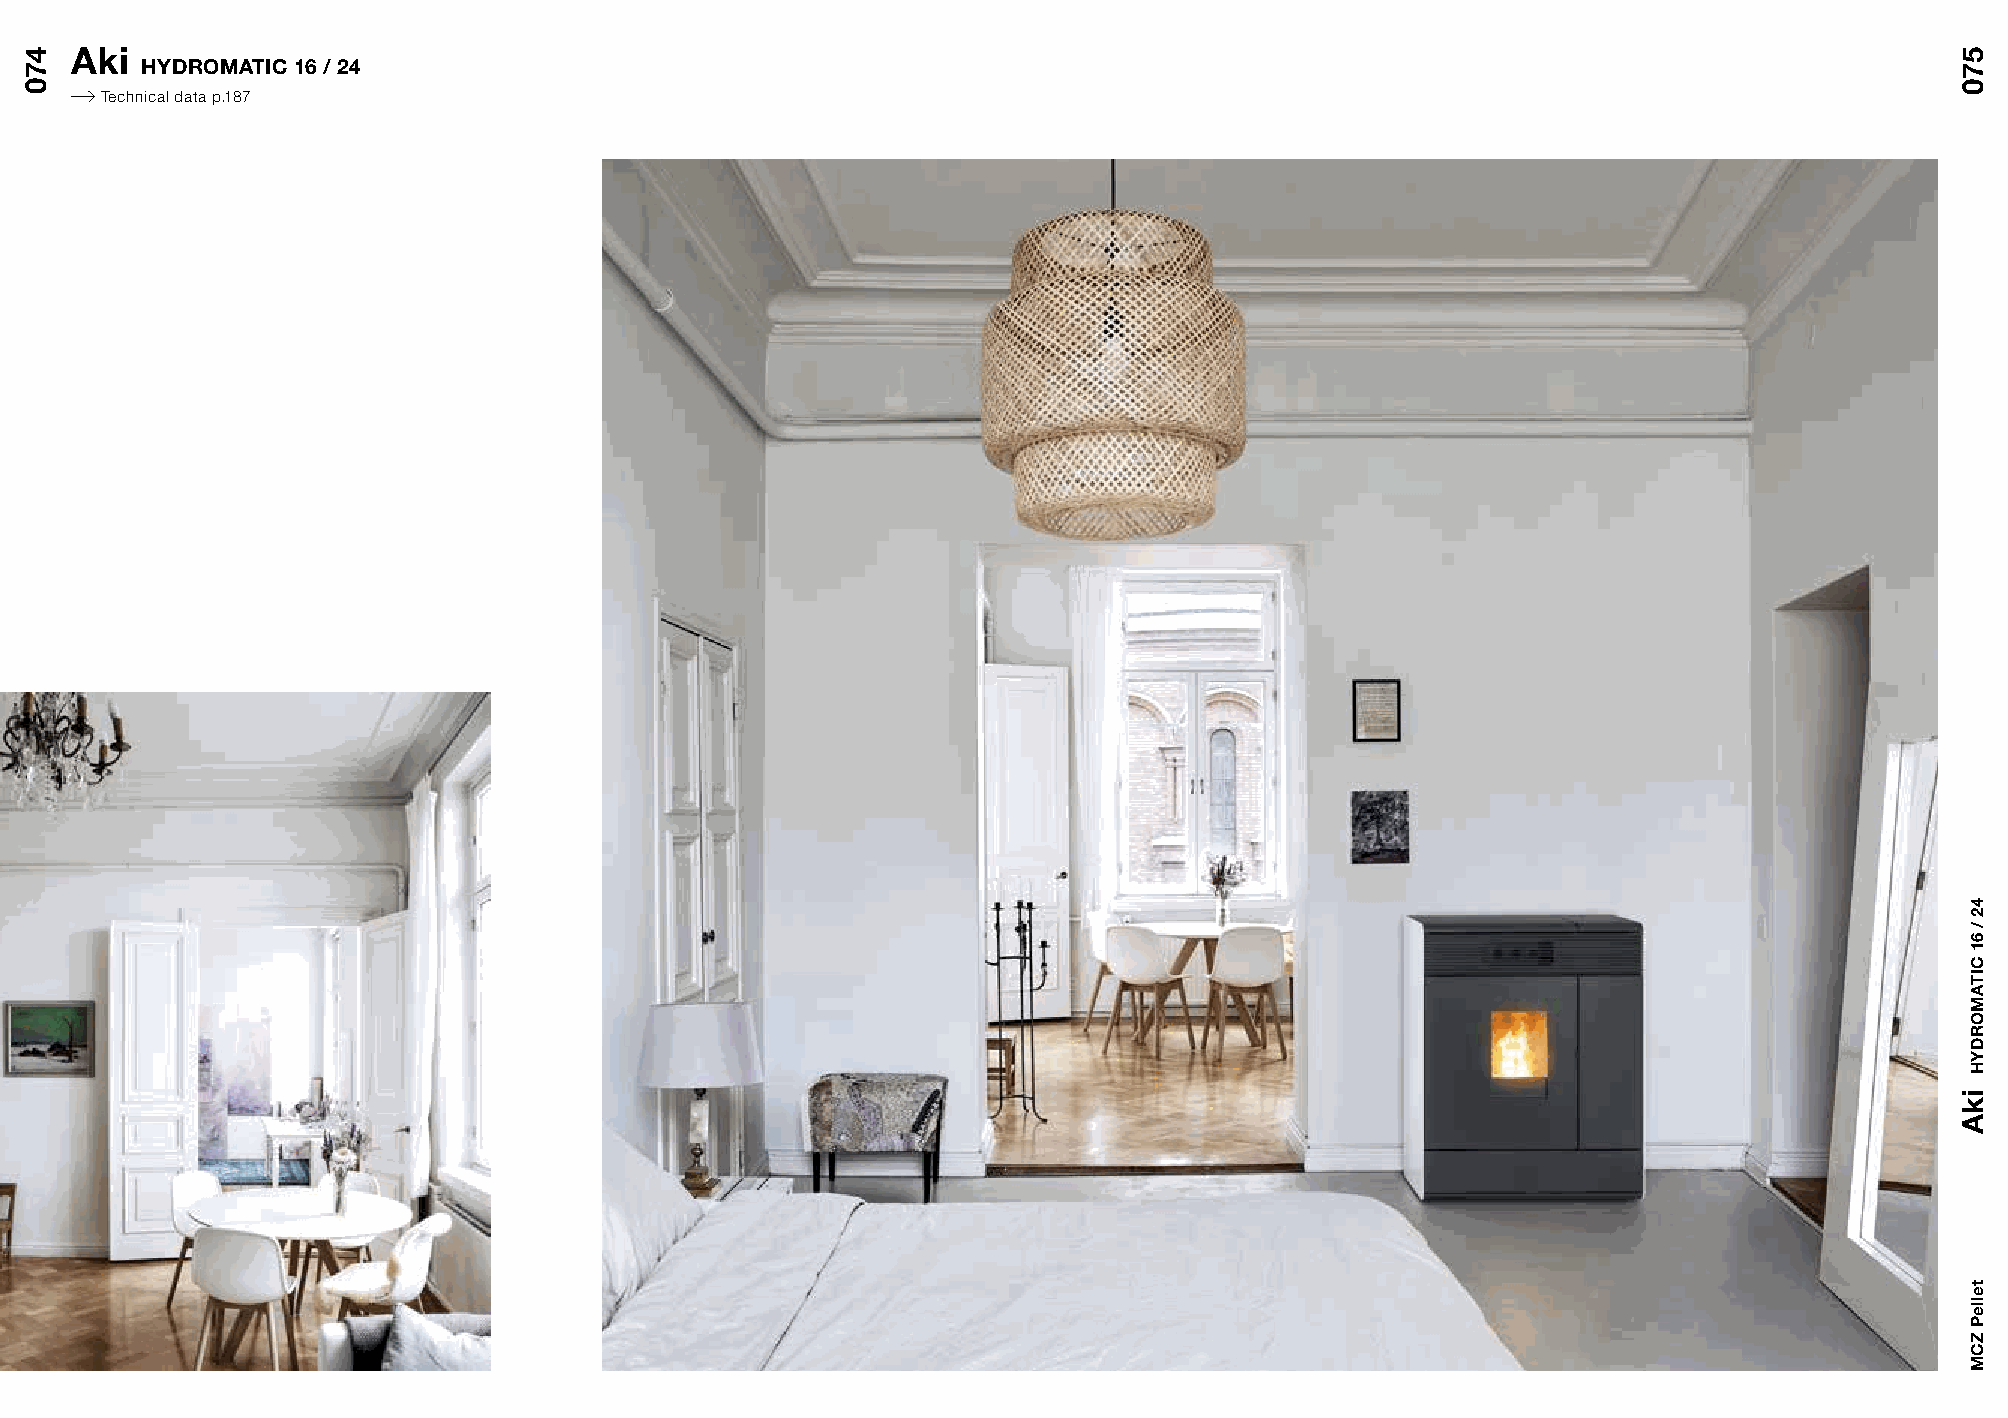
Aki
 HYDROMATIC 16 / 24
 Technical data p.187
 470                                                                                                                             570
 ikA
 42
 /
 61
 CITAMORDYH
 telleP
 ZCM